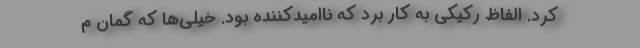
کرد. الفاظ رکیکی به کار برد که ناامیدکننده بود. خیلی‌ها که گمان م